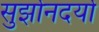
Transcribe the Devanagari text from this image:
सुर्झोनदर्यो